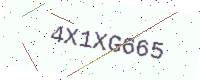
Text: 4X1XG665